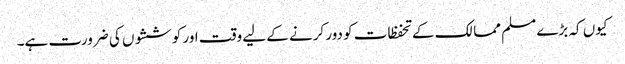
کیوں کہ بڑے مسلم ممالک کے تحفظات کو دور کرنے کے لیے وقت اور کوششوں کی ضرورت ہے۔